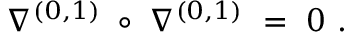
\nabla ^ { ( 0 , 1 ) } \; \circ \; \nabla ^ { ( 0 , 1 ) } \ = \ 0 \ .